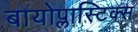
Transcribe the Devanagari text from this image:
बायोप्लास्टिक्स